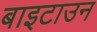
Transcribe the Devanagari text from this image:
बाइटाउन